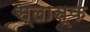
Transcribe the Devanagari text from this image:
स्लास्क